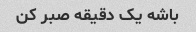
باشه یک دقیقه صبر کن